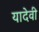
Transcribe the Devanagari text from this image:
यादेवी